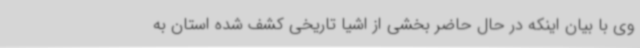
وی با بیان اینکه در حال حاضر بخشی از اشیا تاریخی کشف شده استان به